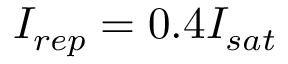
I _ { r e p } = 0 . 4 I _ { s a t }